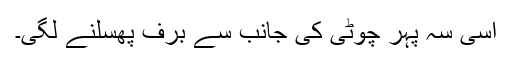
اسی سہ پہر چوٹی کی جانب سے برف پھسلنے لگی۔